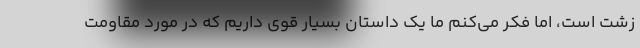
زشت است، اما فکر می‌کنم ما یک داستان بسیار قوی داریم که در مورد مقاومت